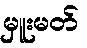
မှူးမတ်